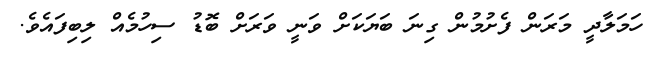
ހަމަލާދީ މަރަން ފެށުމުން ގިނަ ބަޔަކަށް ވަނީ ވަރަށް ބޮޑު ސިހުމެއް ލިބިފައެވެ.